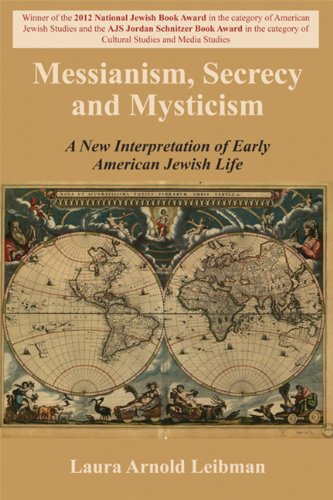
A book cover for Messianism, Secrecy and Mysticism: A New Interpretation of Early American Jewish Life; Laura Arnold Leibman; Christian Books & Bibles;